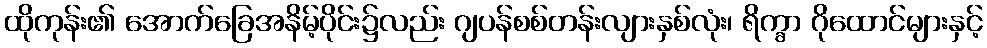
ထိုကုန်း၏ အောက်ခြေအနိမ့်ပိုင်း၌လည်း ဂျပန်စစ်တန်းလျားနှစ်လုံး၊ ရိက္ခာ ဂိုထောင်များနှင့်